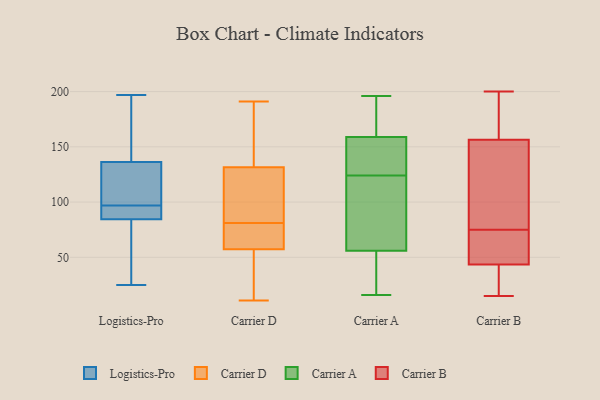
{"axis": {"x": "Headcount", "y": "Value"}, "legend": ["Carrier A", "Carrier B", "Carrier D", "Logistics-Pro"], "data": [{"x": "", "y": 25, "type": "Logistics-Pro"}, {"x": "", "y": 83, "type": "Logistics-Pro"}, {"x": "", "y": 92, "type": "Logistics-Pro"}, {"x": "", "y": 153, "type": "Logistics-Pro"}, {"x": "", "y": 74, "type": "Logistics-Pro"}, {"x": "", "y": 97, "type": "Logistics-Pro"}, {"x": "", "y": 116, "type": "Logistics-Pro"}, {"x": "", "y": 139, "type": "Logistics-Pro"}, {"x": "", "y": 197, "type": "Logistics-Pro"}, {"x": "", "y": 128, "type": "Logistics-Pro"}, {"x": "", "y": 89, "type": "Logistics-Pro"}, {"x": "", "y": 144, "type": "Logistics-Pro"}, {"x": "", "y": 91, "type": "Logistics-Pro"}, {"x": "", "y": 39, "type": "Logistics-Pro"}, {"x": "", "y": 122, "type": "Logistics-Pro"}, {"x": "", "y": 38, "type": "Carrier D"}, {"x": "", "y": 138, "type": "Carrier D"}, {"x": "", "y": 12, "type": "Carrier D"}, {"x": "", "y": 191, "type": "Carrier D"}, {"x": "", "y": 81, "type": "Carrier D"}, {"x": "", "y": 11, "type": "Carrier D"}, {"x": "", "y": 112, "type": "Carrier D"}, {"x": "", "y": 61, "type": "Carrier D"}, {"x": "", "y": 86, "type": "Carrier D"}, {"x": "", "y": 78, "type": "Carrier D"}, {"x": "", "y": 70, "type": "Carrier D"}, {"x": "", "y": 153, "type": "Carrier D"}, {"x": "", "y": 191, "type": "Carrier D"}, {"x": "", "y": 101, "type": "Carrier D"}, {"x": "", "y": 56, "type": "Carrier D"}, {"x": "", "y": 147, "type": "Carrier A"}, {"x": "", "y": 124, "type": "Carrier A"}, {"x": "", "y": 133, "type": "Carrier A"}, {"x": "", "y": 117, "type": "Carrier A"}, {"x": "", "y": 190, "type": "Carrier A"}, {"x": "", "y": 83, "type": "Carrier A"}, {"x": "", "y": 16, "type": "Carrier A"}, {"x": "", "y": 196, "type": "Carrier A"}, {"x": "", "y": 52, "type": "Carrier A"}, {"x": "", "y": 83, "type": "Carrier A"}, {"x": "", "y": 68, "type": "Carrier A"}, {"x": "", "y": 140, "type": "Carrier A"}, {"x": "", "y": 133, "type": "Carrier A"}, {"x": "", "y": 173, "type": "Carrier A"}, {"x": "", "y": 24, "type": "Carrier A"}, {"x": "", "y": 163, "type": "Carrier A"}, {"x": "", "y": 18, "type": "Carrier A"}, {"x": "", "y": 47, "type": "Carrier A"}, {"x": "", "y": 176, "type": "Carrier A"}, {"x": "", "y": 154, "type": "Carrier B"}, {"x": "", "y": 76, "type": "Carrier B"}, {"x": "", "y": 93, "type": "Carrier B"}, {"x": "", "y": 177, "type": "Carrier B"}, {"x": "", "y": 74, "type": "Carrier B"}, {"x": "", "y": 37, "type": "Carrier B"}, {"x": "", "y": 72, "type": "Carrier B"}, {"x": "", "y": 25, "type": "Carrier B"}, {"x": "", "y": 65, "type": "Carrier B"}, {"x": "", "y": 110, "type": "Carrier B"}, {"x": "", "y": 15, "type": "Carrier B"}, {"x": "", "y": 50, "type": "Carrier B"}, {"x": "", "y": 139, "type": "Carrier B"}, {"x": "", "y": 198, "type": "Carrier B"}, {"x": "", "y": 27, "type": "Carrier B"}, {"x": "", "y": 200, "type": "Carrier B"}, {"x": "", "y": 35, "type": "Carrier B"}, {"x": "", "y": 183, "type": "Carrier B"}, {"x": "", "y": 55, "type": "Carrier B"}, {"x": "", "y": 159, "type": "Carrier B"}]}